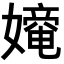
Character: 𡢧